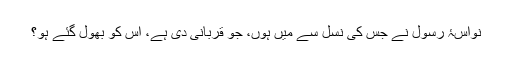
نواسۂ رسول نے جس کی نسل سے مَیں ہوں، جو قربانی دی ہے، اُس کو بھول گئے ہو؟